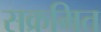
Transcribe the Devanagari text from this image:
सक्रमित